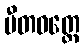
ပီတဝတ္ထေ